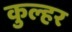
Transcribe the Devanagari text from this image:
कुल्हर